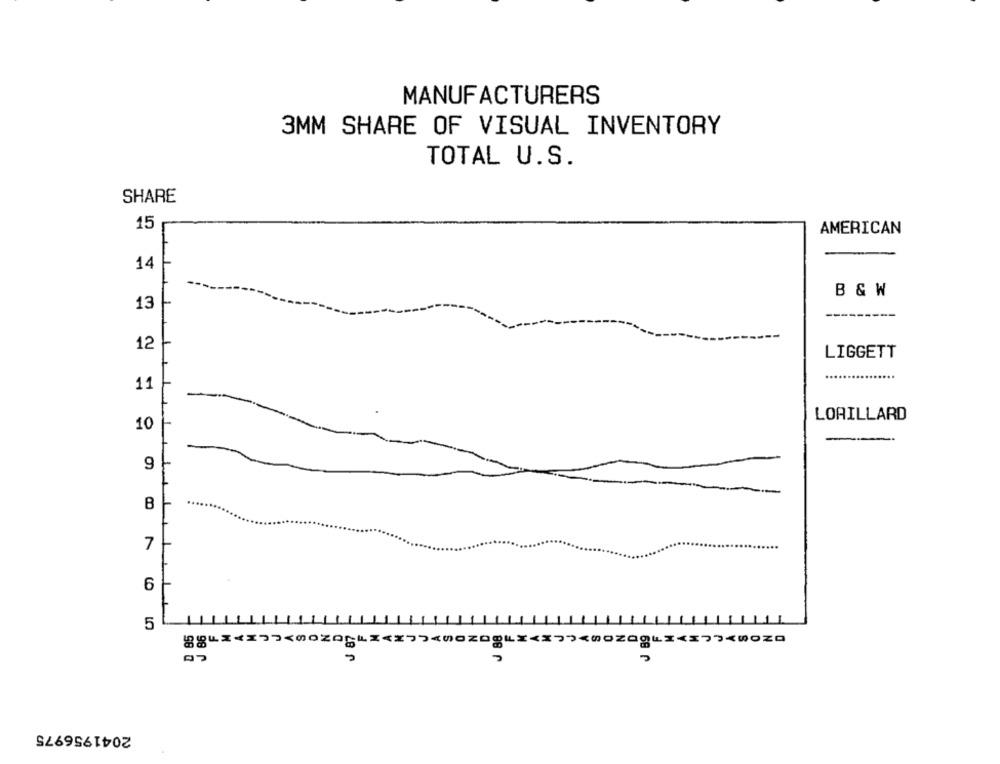
MANUFACTURERS
3MM SHARE OF VISUAL INVENTORY
TOTAL U.S.
SHARE
15
AMERICAN
14
B&W
13
----
12
LIGGETT
11
LORILLARD
10
-
---
9
B
7
6
5
88
85
86
87
2041956975